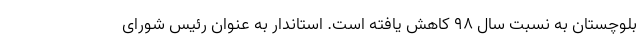
بلوچستان به نسبت سال ۹۸ کاهش یافته است. استاندار به عنوان رئیس شورای